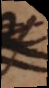
r